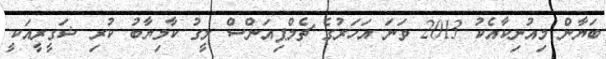
ބަޔާން މިއުނިކާއެކު 2013 ވަނަ އަހަރުގެ ޗެމްޕިއަންސް ލީގު ކާމިޔާބު ކުރި ޝަގީރީއަކީ